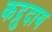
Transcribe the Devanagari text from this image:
कद्रुदाय